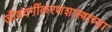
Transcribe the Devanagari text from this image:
जीववर्गीकरणशास्त्राच्या